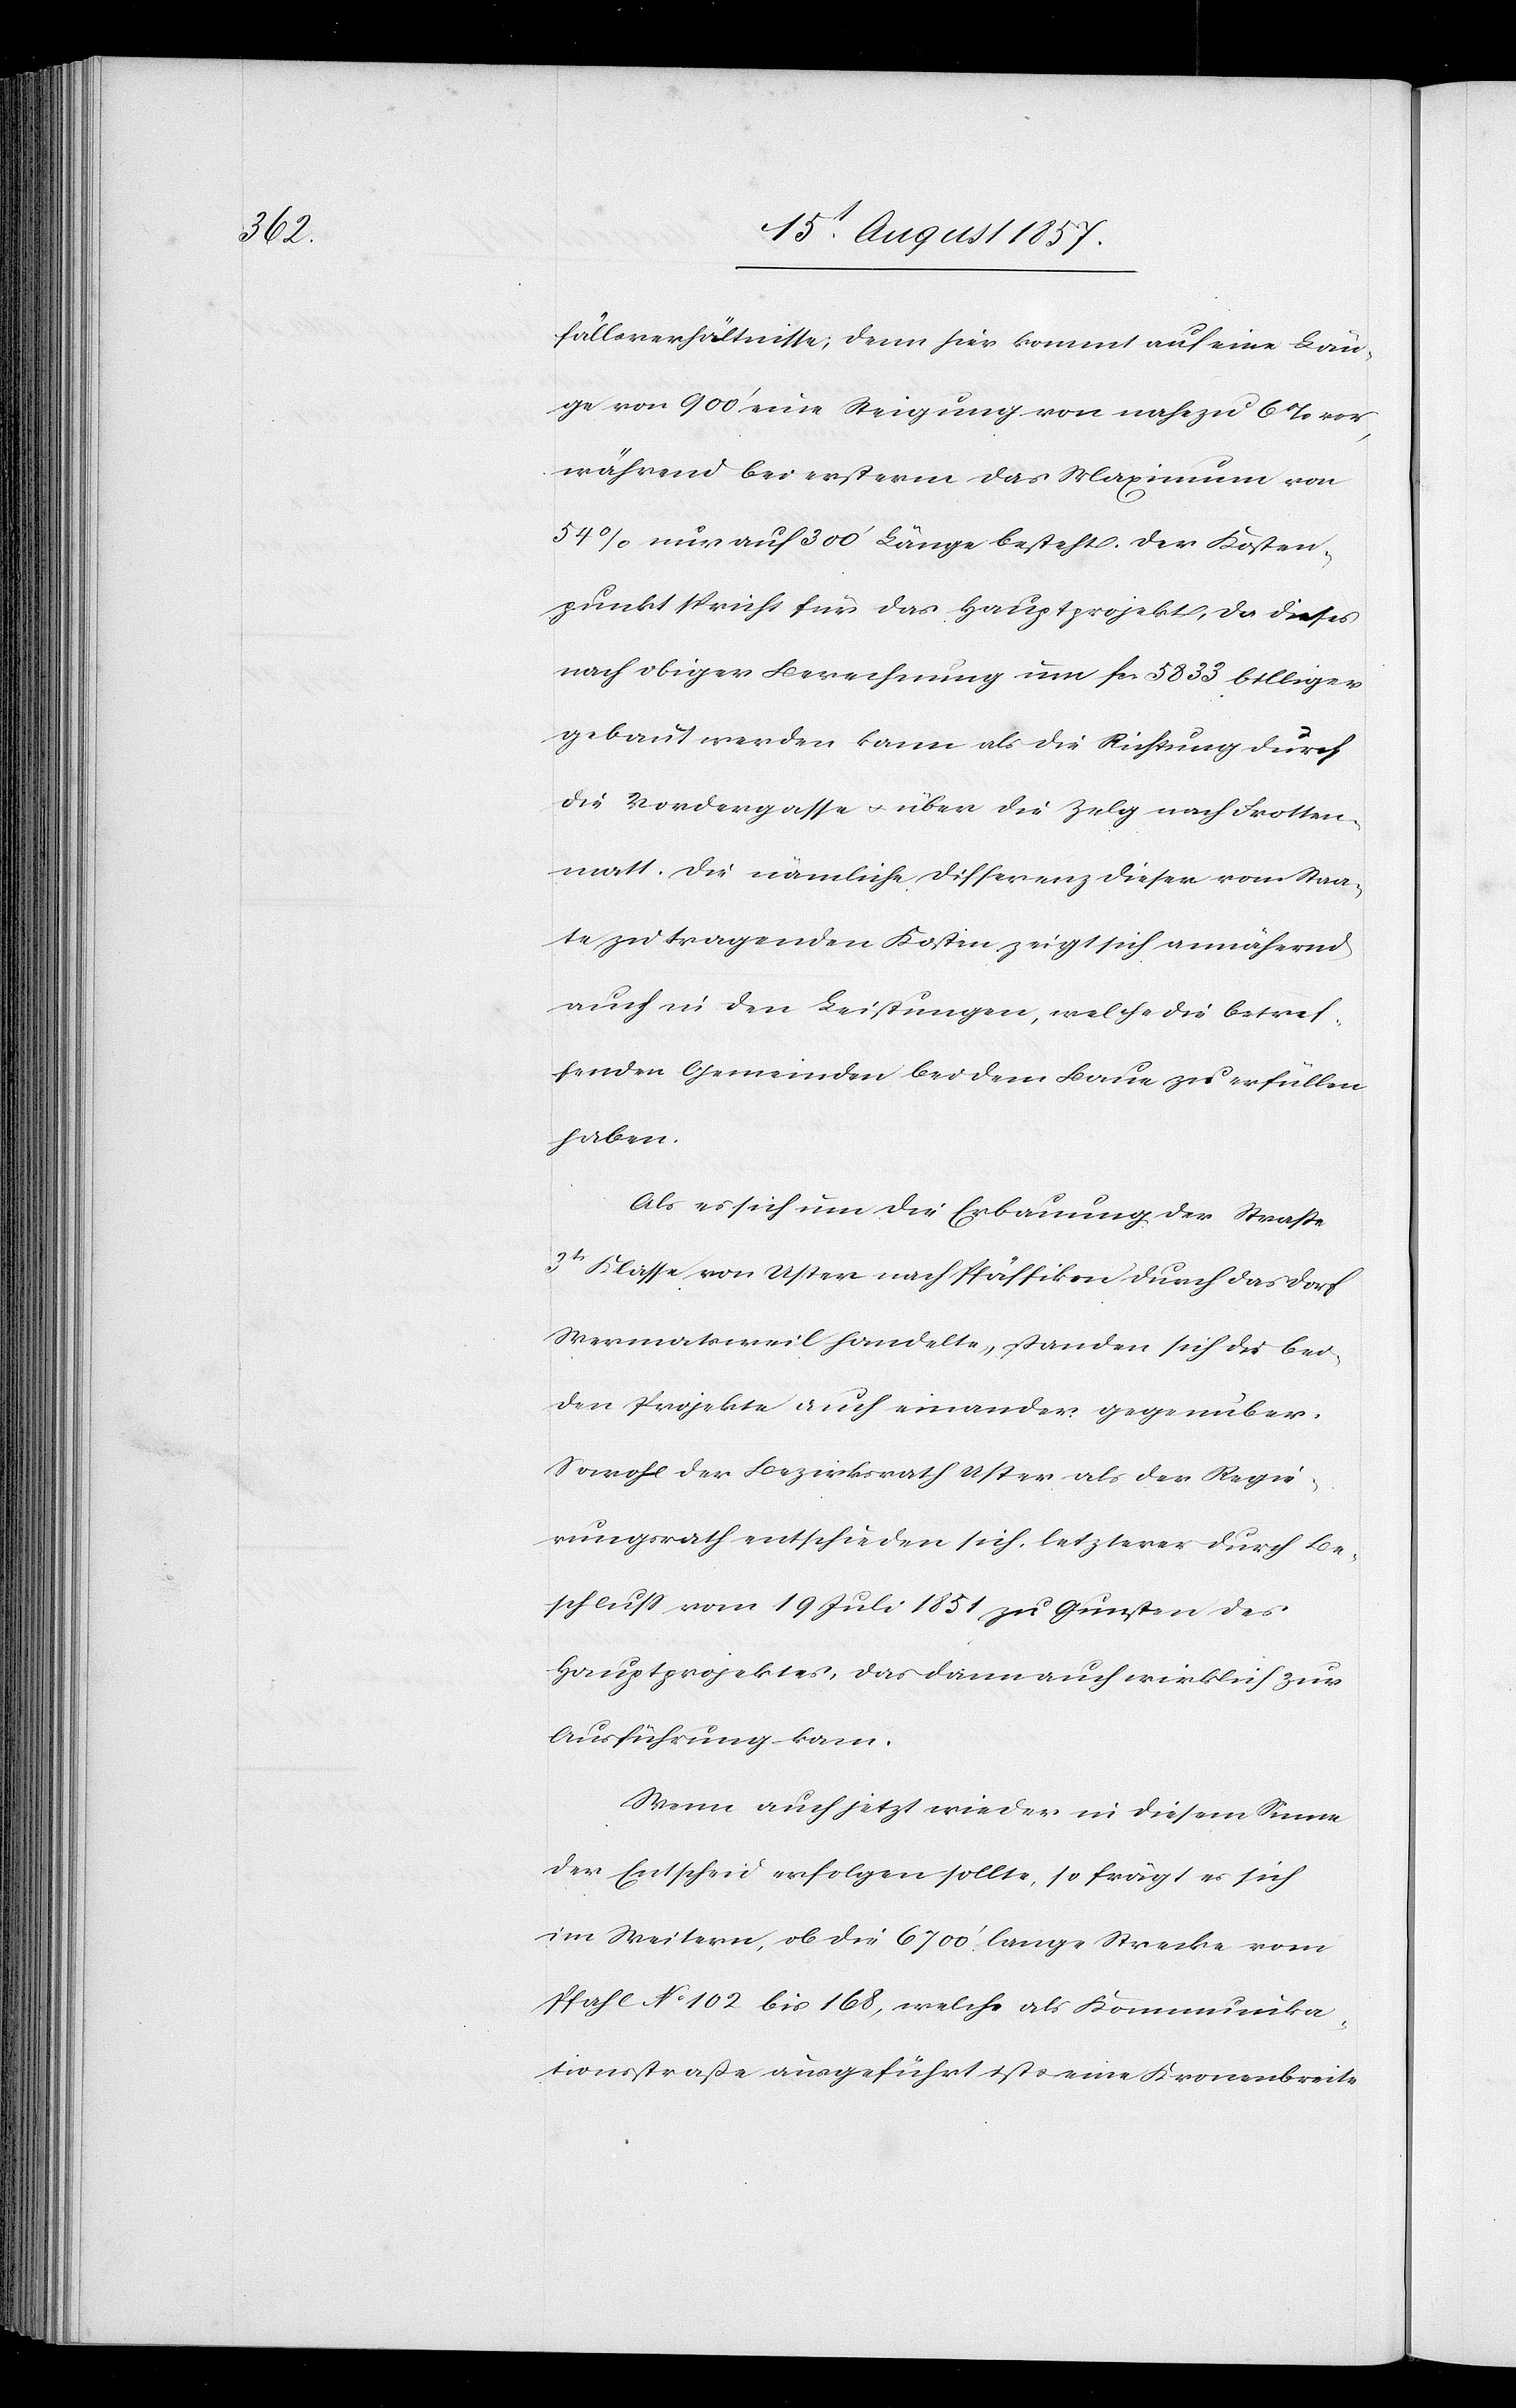
fällsverhältnisse; denn hier kommt auf eine Län¬
ge von 900’ eine Steigung von nahezu 6% vor,
während bei erstern das Maximum von
54% nur auf 300’ Länge besteht. Der Kosten¬
punkt spricht für das Hauptprojekt, da dieses
nach obiger Berechnung um fcs. 5833 billiger
gebaut werden kann als die Richtung durch
die Vordergasse & über die Zelg nach Frotten¬
matt. Die nämliche Differenz dieser vom Staa¬
te zu tragenden Kosten zeigt sich annähernd
auch in den Leistungen, welche die betref¬
fenden Gemeinden bei dem Baue zu erfüllen
haben.
Wenn auch jetzt wieder in diesem Sinne
der Entscheid erfolgen sollte, so frägt sich
im Weitern, ob die 6700’ lange Strecke vom
Pfahl No 102 bis 168, welche als Kommunika¬
tionsstraße ausgeführt ist & eine Kronenbreite